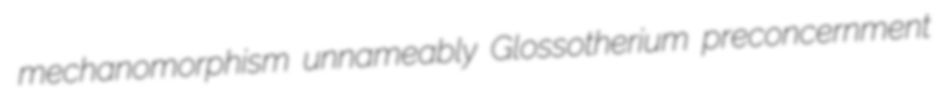
mechanomorphism unnameably Glossotherium preconcernment